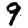
Digit: 9